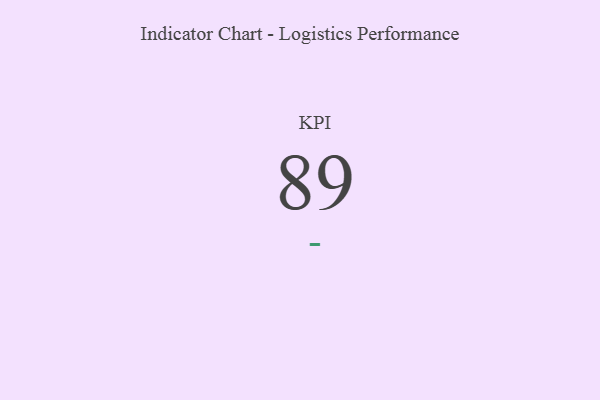
{"axis": {"x": "KPI", "y": "Value"}, "legend": [""], "data": [{"x": "KPI", "y": 89, "type": ""}]}